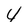
Character: 4